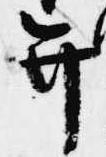
弁